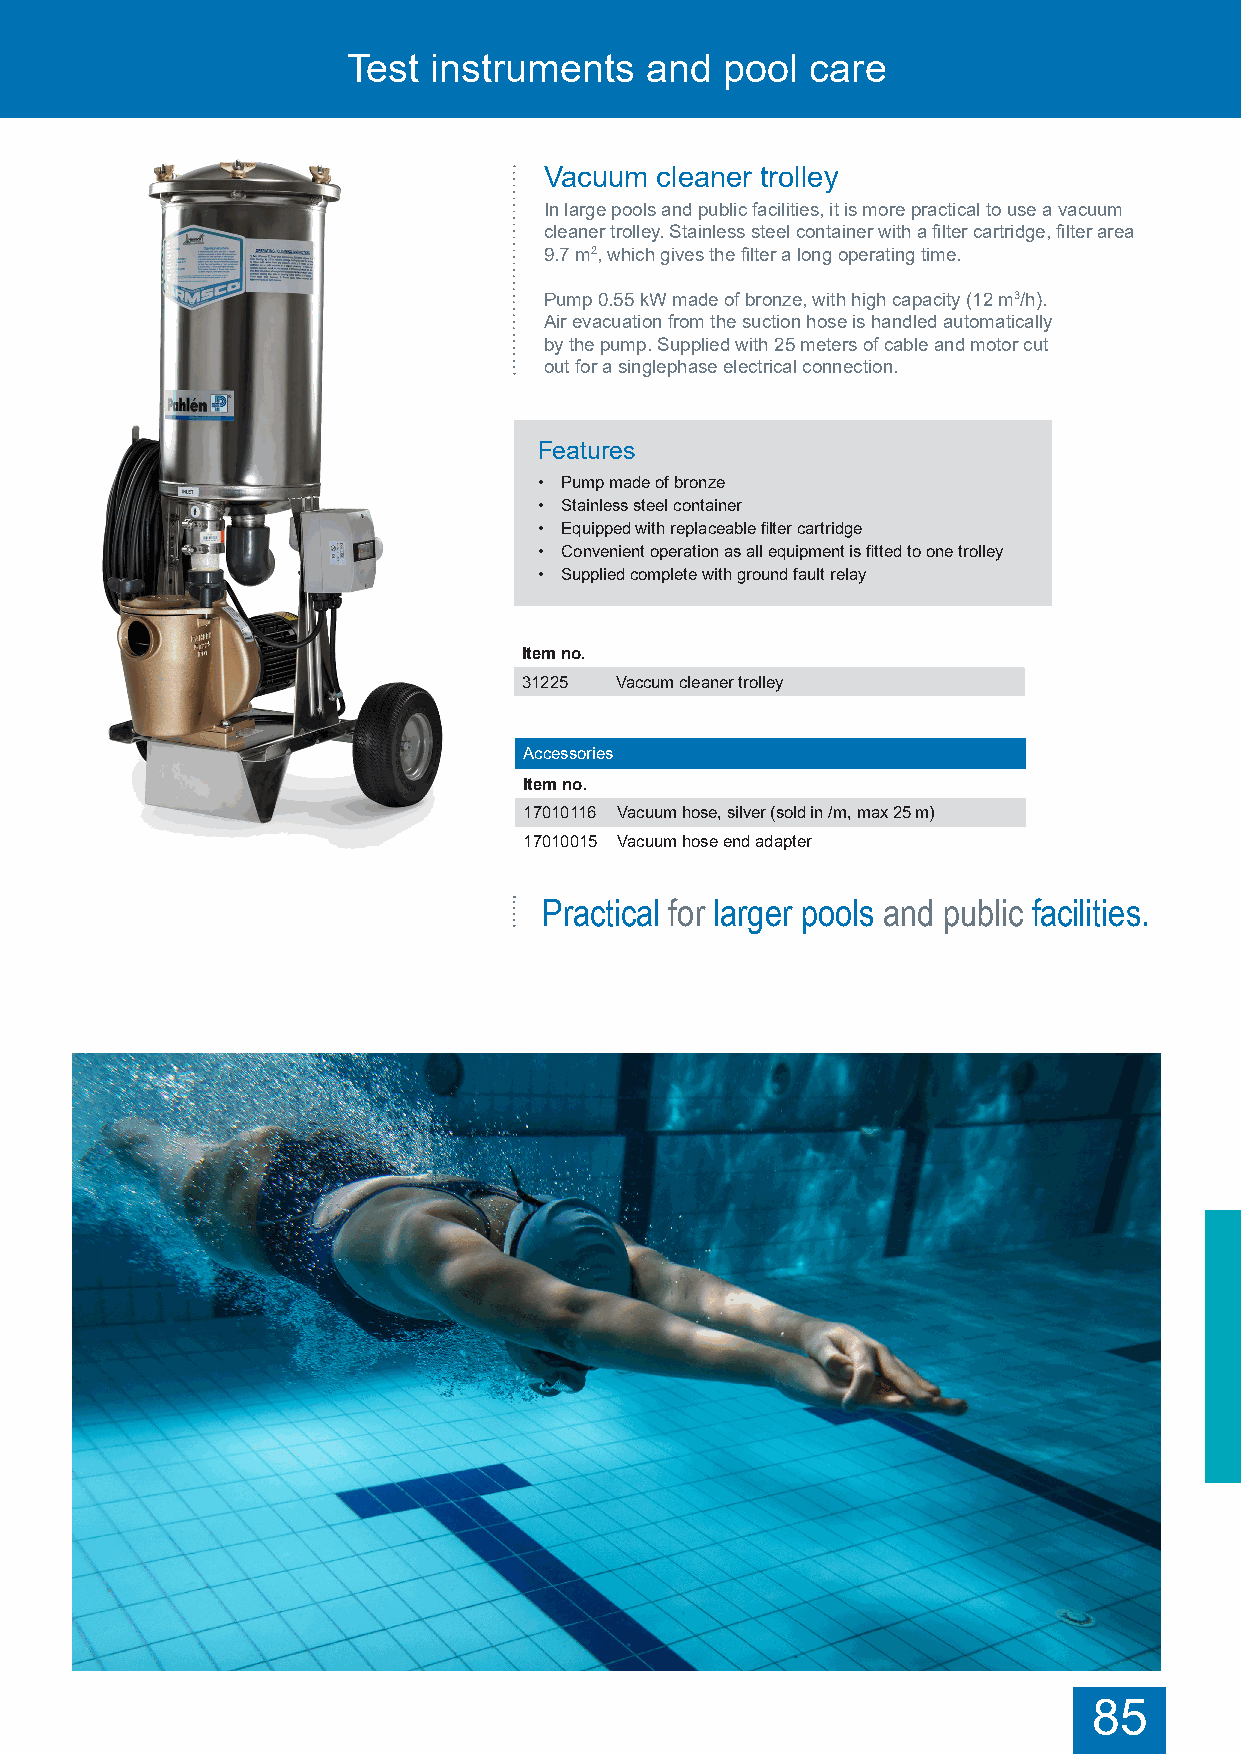
Test instruments and pool care Test instruments and pool care
 Vacuum cleaner trolley
 In large pools and public facilities, it is more practical to use a vacuum
 cleaner trolley. Stainless steel container with a filter cartridge, filter area
 9.7 m2, which gives the filter a long operating time.
 Pump 0.55 kW made of bronze, with high capacity (12 m3/h).
 Air evacuation from the suction hose is handled automatically
 by the pump. Supplied with 25 meters of cable and motor cut
 out for a singlephase electrical connection.
 Features
 • Pump made of bronze
 • Stainless steel container
 • Equipped with replaceable filter cartridge
 • Convenient operation as all equipment is fitted to one trolley
 • Supplied complete with ground fault relay
 Item no.
 31225 Vaccum cleaner trolley
 Accessories
 Item no.
 17010116 Vacuum hose, silver (sold in /m, max 25 m)
 17010015 Vacuum hose end adapter
 Practical for larger pools and public facilities.
 85